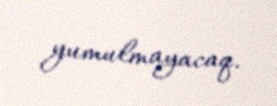
yumulmayacaq.